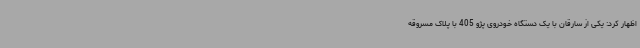
اظهار کرد: یکی از سارقان با یک دستگاه خودروی پژو 405 با پلاک مسروقه